Report of the Bombay Veterinary College
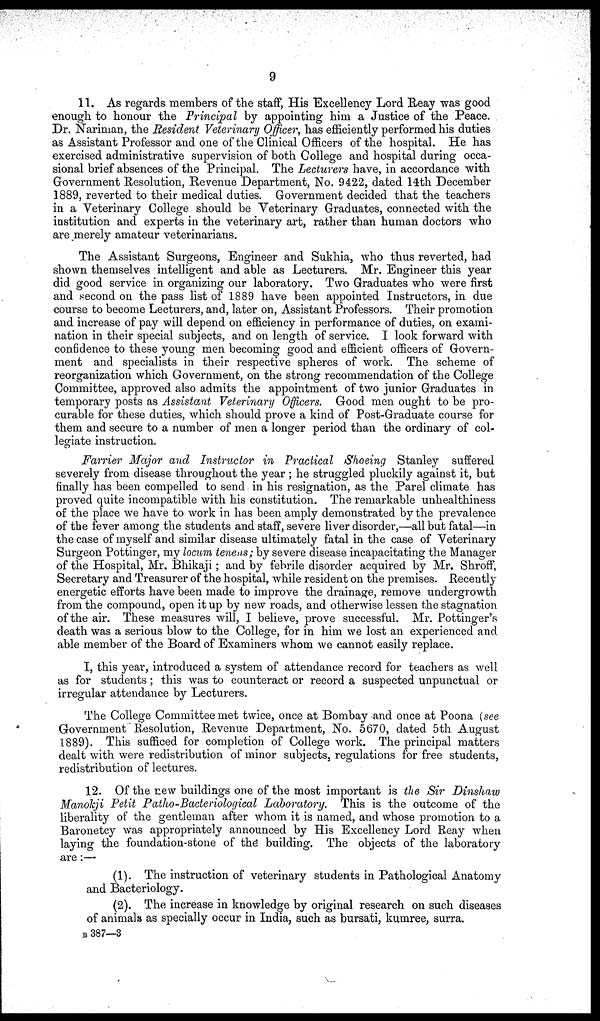
9
11. As regards members of the staff, His Excellency Lord Reay was good
enough to honour the Principal by appointing him a Justice of the Peace.
Dr. Nariman, the Resident Veterinary Officer, has efficiently performed his duties
as Assistant Professor and one of the Clinical Officers of the hospital. He has
exercised administrative supervision of both College and hospital during occa-
sional brief absences of the Principal. The Lecturers have, in accordance with
Government Resolution, Revenue Department, No. 9422, dated 14th December
1889, reverted to their medical duties. Government decided that the teachers
in a Veterinary College should be Veterinary Graduates, connected with the
institution and experts in the veterinary art, rather than human doctors who
are merely amateur veterinarians.
The Assistant Surgeons, Engineer and Sukhia, who thus reverted, had
shown themselves intelligent and able as Lecturers. Mr. Engineer this year
did good service in organizing our laboratory. Two Graduates who were first
and second on the pass list of 1889 have been appointed Instructors, in due
course to become Lecturers, and, later on, Assistant Professors. Their promotion
and increase of pay will depend on efficiency in performance of duties, on exami-
nation in their special subjects, and on length of service. I look forward with
confidence to these young men becoming good and efficient officers of Govern-
ment and specialists in their respective spheres of work. The scheme of
reorganization which Government, on the strong recommendation of the College
Committee, approved also admits the appointment of two junior Graduates in
temporary posts as Assistant Veterinary Officers. Good men ought to be pro-
curable for these duties, which should prove a kind of Post-Graduate course for
them and secure to a number of men a longer period than the ordinary of col-
legiate instruction.
Farrier Major and Instructor in Practical Shoeing Stanley suffered
severely from disease throughout the year ; he struggled pluckily against it, but
finally has been compelled to send in his resignation, as the Parel climate has
proved quite incompatible with his constitution. The remarkable unhealthiness
of the place we have to work in has been amply demonstrated by the prevalence
of the fever among the students and staff, severe liver disorder,—all but fatal—in
the case of myself and similar disease ultimately fatal in the case of Veterinary
Surgeon Pottinger, my locum tenens ; by severe disease incapacitating the Manager
of the Hospital, Mr. Bhikaji ; and by febrile disorder acquired by Mr. Shroff,
Secretary and Treasurer of the hospital, while resident on the premises. Recently
energetic efforts have been made to improve the drainage, remove undergrowth
from the compound, open it up by new roads, and otherwise lessen the stagnation
of the air. These measures will, I believe, prove successful. Mr. Pottinger's
death was a serious blow to the College, for in him we lost an experienced and
able member of the Board of Examiners whom we cannot easily replace.
I, this year, introduced a system of attendance record for teachers as well
as for students ; this was to counteract or record a suspected unpunctual or
irregular attendance by Lecturers.
The College Committee met twice, once at Bombay and once at Poona (see
Government Resolution, Revenue Department, No. 5670, dated 5th August
1889). This sufficed for completion of College work. The principal matters
dealt with were redistribution of minor subjects, regulations for free students,
redistribution of lectures.
12. Of the new buildings one of the most important is the Sir Dinshaw
Manokji Petit Patho-Bacteriological Laboratory. This is the outcome of the
liberality of the gentleman after whom it is named, and whose promotion to a
Baronetcy was appropriately announced by His Excellency Lord Reay when
laying the foundation-stone of the building. The objects of the laboratory
are :—
(1). The instruction of veterinary students in Pathological Anatomy
and Bacteriology.
(2). The increase in knowledge by original research on such diseases
of animals as specially occur in India, such as bursati, kumree, surra.
B 387—3